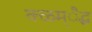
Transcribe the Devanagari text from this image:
क्ळम्ैद्ध